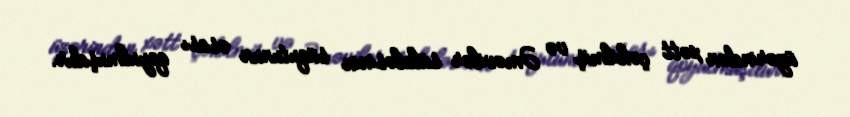
üzərindən xətt çəkilmiş və Əməvilər sülaləsinin süqutunun əsası qoyulmuşdur.